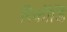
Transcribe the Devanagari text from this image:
रिकॉर्डिं